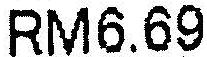
RM6.69